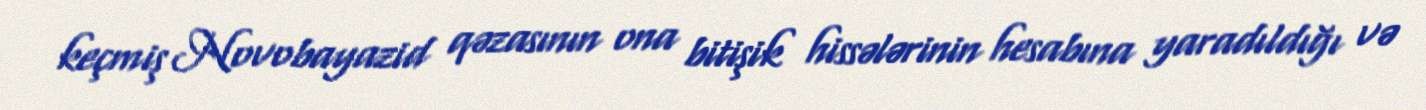
keçmiş Novobayazid qəzasının ona bitişik hissələrinin hesabına yaradıldığı və